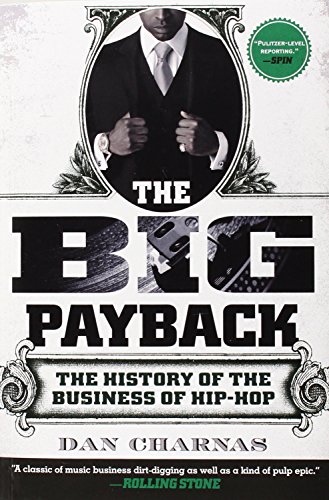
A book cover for The Big Payback: The History of the Business of Hip-Hop; Dan Charnas; Arts & Photography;